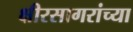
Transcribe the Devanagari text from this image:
क्षीरसागरांच्या